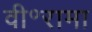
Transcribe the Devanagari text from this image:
वी॰रामा